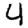
Digit: 4